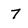
Character: 7